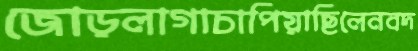
জোড়লাগাচাপিয়াছিলেনবদ